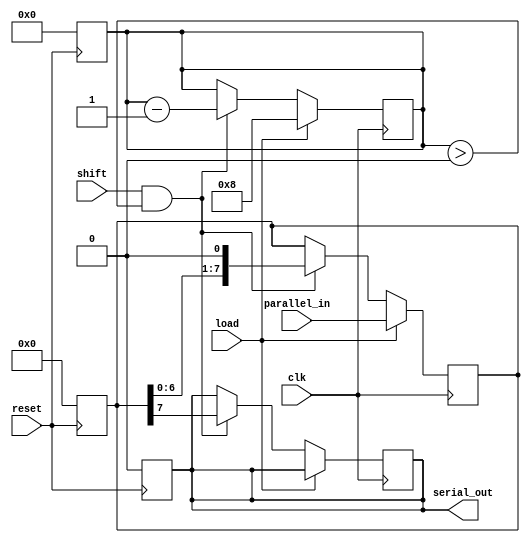
module PISO_Register #(
    parameter N = 8,             // Configurable width of the register (in bits)
    parameter MSB_FIRST = 1      // Configurable MSB or LSB shifting
)(
    input wire [N-1:0] parallel_in, // Parallel data input
    input wire load,                // Load signal
    input wire shift,               // Shift signal
    input wire clk,                 // Clock signal
    input wire reset,               // Asynchronous reset
    output reg serial_out           // Serial output
);

    reg [N-1:0] shift_reg; // Shift register to hold the loaded data
    reg [3:0] count;       // Counter to track the number of bits shifted out

    // Asynchronous reset logic
    always @(posedge reset) begin
        shift_reg <= {N{1'b0}};
        count <= 0;
        serial_out <= 1'b0; // Optional: set serial output to zero on reset
    end

    // Loading data into the shift register
    always @(posedge clk) begin
        if (load) begin
            shift_reg <= parallel_in; // Load parallel data into the register
            count <= N;               // Reset the count to N bits
        end
        else if (shift && count > 0) begin
            // Shift data out
            if (MSB_FIRST) begin
                serial_out <= shift_reg[N-1]; // Output MSB first
                shift_reg <= {shift_reg[N-2:0], 1'b0}; // Shift left
            end else begin
                serial_out <= shift_reg[0]; // Output LSB first
                shift_reg <= {1'b0, shift_reg[N-1:1]}; // Shift right
            end
            count <= count - 1; // Decrement the count
        end
    end

endmodule